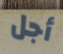
أجل